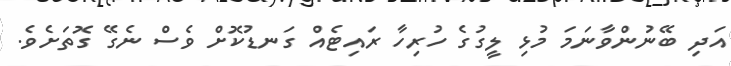
އަދި ބޭނުންވާނަމަ މުޅި ލީގުގެ ހުރިހާ ރައިޓެއް ގަނޑުކޮށް ވެސް ނެގޭ ގޮތަށެވެ.